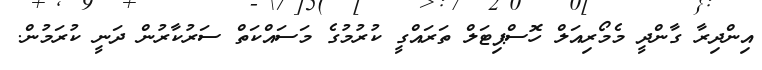
އިންދިރާ ގާންދީ މެމޯރިއަލް ހޮސްޕިޓަލް ތަރައްގީ ކުރުމުގެ މަސައްކަތް ސަރުކާރުން ދަނީ ކުރަމުން.